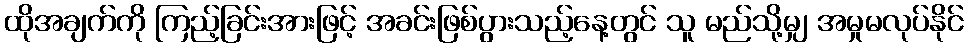
ထိုအချက်ကို ကြည့်ခြင်းအားဖြင့် အခင်းဖြစ်ပွားသည့်နေ့တွင် သူ မည်သို့မျှ အမှုမလုပ်နိုင်